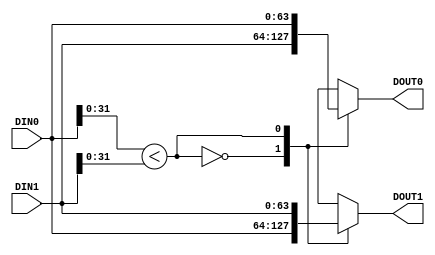
/******************************************************************************/
/* PMT(P), a P-port parallel merge tree                   ArchLab. TOKYO TECH */
/*                                                         Version 2016-06-01 */
/******************************************************************************/
`default_nettype none
  
  
/***** Compare-and-exchange (CAE)                                         *****/
/******************************************************************************/
module CAE #(parameter               WIDTH = 64)
            (input  wire [WIDTH-1:0] DIN0,
             input  wire [WIDTH-1:0] DIN1,
             output wire [WIDTH-1:0] DOUT0,
             output wire [WIDTH-1:0] DOUT1);
    
  function [WIDTH-1:0] mux;
    input [WIDTH-1:0] a;
    input [WIDTH-1:0] b;
    input             sel;
    begin
      case (sel)
        1'b0: mux = a;
        1'b1: mux = b;
      endcase
    end
  endfunction

  wire comp_rslt = (DIN0[31:0] < DIN1[31:0]);
  
  assign DOUT0 = mux(DIN1, DIN0, comp_rslt);
  assign DOUT1 = mux(DIN0, DIN1, comp_rslt);
  
endmodule


/***** Compare-and-select (CAS)                                           *****/
/******************************************************************************/
module CAS #(parameter               WIDTH = 64)
            (input  wire [WIDTH-1:0] DIN0,
             input  wire [WIDTH-1:0] DIN1,
             output wire [WIDTH-1:0] DOUT);

  function [WIDTH-1:0] mux;
    input [WIDTH-1:0] a;
    input [WIDTH-1:0] b;
    input             sel;
    begin
      case (sel)
        1'b0: mux = a;
        1'b1: mux = b;
      endcase
    end
  endfunction
  
  wire comp_rslt = (DIN0[31:0] < DIN1[31:0]);
  assign DOUT = mux(DIN1, DIN0, comp_rslt);
  
endmodule   


/***** A selection feedback generator                                     *****/
/******************************************************************************/
module SFGEN #(parameter               WIDTH = 64)
              (input  wire [WIDTH-1:0] DIN0,
               input  wire [WIDTH-1:0] DIN1,
               output wire             S);
  
  assign S = (DIN0[31:0] < DIN1[31:0]);
  
endmodule


/***** A 2P-to-P Bitonic partial merger                                   *****/
/******************************************************************************/
module BPM_2P_to_P #(parameter                              P_LOG = 2,
                     parameter                              WIDTH = 64)
                    (input  wire                            CLK,
                     input  wire                            RST_IN,
                     input  wire                            DRIVE,
                     input  wire [WIDTH*(1<<(P_LOG+1))-1:0] DIN,
                     input  wire                            DINEN,
                     output wire [(1<<P_LOG)-1:0]           S_FB,
                     output wire  [WIDTH*(1<<P_LOG)-1:0]    DOUT,
                     output wire                            DOUTEN);

  // buffering reset signal
  reg RST;
  always @(posedge CLK) RST <= RST_IN;

  reg  [WIDTH*(1<<P_LOG)-1:0] pd [P_LOG:0];  // pipeline regester for data
  reg                         pc [P_LOG:0];  // pipeline regester for control
  
  reg [WIDTH*(1<<(P_LOG+1))-1:0] din;
  always @(posedge CLK) if (DRIVE) din <= DIN;

  reg dinen;
  always @(posedge CLK) begin
    if      (RST)   dinen <= 0;
    else if (DRIVE) dinen <= DINEN;
  end

  genvar i, j, k;
  generate
    for (j=0; j<(1<<P_LOG); j=j+1) begin
      SFGEN #(WIDTH) sfgen(DIN[WIDTH*(j+1)-1:WIDTH*j], DIN[WIDTH*((1<<(P_LOG+1))-j)-1:WIDTH*((1<<(P_LOG+1))-(j+1))], S_FB[j]);
    end
  endgenerate
  
  generate
    for (i=0; i<(P_LOG+1); i=i+1) begin: stage
      wire [WIDTH*(1<<P_LOG)-1:0] dout;
      if (i == 0) begin
        for (j=0; j<(1<<P_LOG); j=j+1) begin
          CAS #(WIDTH) cas(din[WIDTH*(j+1)-1:WIDTH*j], 
                           din[WIDTH*((1<<(P_LOG+1))-j)-1:WIDTH*((1<<(P_LOG+1))-(j+1))], 
                           dout[WIDTH*(j+1)-1:WIDTH*j]);
        end
      end else begin
        for (k=0; k<(1<<(i-1)); k=k+1) begin
          for (j=0; j<(1<<(P_LOG-i)); j=j+1) begin
            CAE #(WIDTH) cae(pd[i-1][WIDTH*((j+1)+k*(1<<(P_LOG-(i-1))))-1:WIDTH*(j+k*(1<<(P_LOG-(i-1))))], 
                             pd[i-1][WIDTH*((j+1)+(1<<(P_LOG-i))+k*(1<<(P_LOG-(i-1))))-1:WIDTH*(j+(1<<(P_LOG-i))+k*(1<<(P_LOG-(i-1))))], 
                             dout[WIDTH*((j+1)+k*(1<<(P_LOG-(i-1))))-1:WIDTH*(j+k*(1<<(P_LOG-(i-1))))], 
                             dout[WIDTH*((j+1)+(1<<(P_LOG-i))+k*(1<<(P_LOG-(i-1))))-1:WIDTH*(j+(1<<(P_LOG-i))+k*(1<<(P_LOG-(i-1))))]);
          end
        end
      end
      always @(posedge CLK) if (DRIVE) pd[i] <= dout;
    end
  endgenerate
    
  integer p;
  always @(posedge CLK) begin
    if (RST) begin
      for (p=0; p<(P_LOG+1); p=p+1) pc[p] <= 0;
    end else if (DRIVE) begin
      pc[0] <= dinen;
      for (p=1; p<(P_LOG+1); p=p+1) pc[p] <= pc[p-1];
    end
  end

  assign DOUT   = pd[P_LOG];
  assign DOUTEN = pc[P_LOG];
  
endmodule


/***** A rate converter                                                   *****/
/******************************************************************************/
module RATE_CONVERTER #(parameter                    P_LOG = 2)
                       (input  wire [(1<<P_LOG)-1:0] S,
                        output wire [(1<<P_LOG):0]   M);
  
  genvar i;
  generate
    for (i=0; i<(1<<P_LOG)+1; i=i+1) begin
      if      (i == 0)          assign M[i] = ~S[i];
      else if (i == (1<<P_LOG)) assign M[i] = S[i-1];
      else                      assign M[i] = (~S[i]&S[i-1]);
    end
  endgenerate
  
endmodule


/***** An output xbar                                                     *****/
/******************************************************************************/
module XBAR_OUT #(parameter                          P_LOG = 2,
                  parameter                          WIDTH = 64)
                 (input  wire                        CLK,
                  input  wire                        RST,
                  input  wire                        DRIVE,
                  input  wire [(1<<P_LOG):0]         OFFSET,
                  input  wire [WIDTH*(1<<P_LOG)-1:0] DIN,
                  input  wire [(1<<P_LOG)-1:0]       S_IN,
                  output reg  [WIDTH*(1<<P_LOG)-1:0] DOUT,
                  output reg  [(1<<P_LOG)-1:0]       S_OUT);

  function [(1<<P_LOG)-1:0] mux;
    input [(1<<P_LOG)-1:0] a;
    input [(1<<P_LOG)-1:0] b;
    input                  sel;
    begin
      case (sel)
        1'b0: mux = a;
        1'b1: mux = b;
      endcase
    end
  endfunction
  
  // reg  [(1<<P_LOG)-1:0]   barrel_shifter;
  // wire [(4*1<<P_LOG)-1:0] mult_out = {barrel_shifter,barrel_shifter} * OFFSET;
  // // wire [(4*1<<P_LOG)-1:0] mult_out;
  // // MULT_MACRO #(.DEVICE("7SERIES"), .LATENCY(0), .WIDTH_A((2*1<<P_LOG)), .WIDTH_B((2*1<<P_LOG)))
  // // multiplier(.P(mult_out), .A({barrel_shifter,barrel_shifter}), .B(OFFSET), .CE(DRIVE), .CLK(CLK), .RST(RST));
                         
  // always @(posedge CLK) begin
  //   if      (RST)   barrel_shifter <= 1;
  //   else if (DRIVE) barrel_shifter <= mult_out[(2*1<<P_LOG)-1:(1<<P_LOG)];
  // end
  
  // generate  // would like to be improved
  //   if (P_LOG == 1) begin
  //     always @(*) begin
  //       case (barrel_shifter)
  //         2'b01:   begin DOUT = DIN;                                                S_OUT = S_IN;                             end
  //         2'b10:   begin DOUT = {DIN[WIDTH*1-1:0],DIN[WIDTH*(1<<P_LOG)-1:WIDTH*1]}; S_OUT = {S_IN[0:0],S_IN[(1<<P_LOG)-1:1]}; end
  //         default: begin DOUT = 0;                                                  S_OUT = 0;                                end
  //       endcase
  //     end
  //   end else if (P_LOG == 2) begin
  //     always @(*) begin
  //       case (barrel_shifter)
  //         4'b0001: begin DOUT = DIN;                                                S_OUT = S_IN;                             end
  //         4'b0010: begin DOUT = {DIN[WIDTH*1-1:0],DIN[WIDTH*(1<<P_LOG)-1:WIDTH*1]}; S_OUT = {S_IN[0:0],S_IN[(1<<P_LOG)-1:1]}; end
  //         4'b0100: begin DOUT = {DIN[WIDTH*2-1:0],DIN[WIDTH*(1<<P_LOG)-1:WIDTH*2]}; S_OUT = {S_IN[1:0],S_IN[(1<<P_LOG)-1:2]}; end
  //         4'b1000: begin DOUT = {DIN[WIDTH*3-1:0],DIN[WIDTH*(1<<P_LOG)-1:WIDTH*3]}; S_OUT = {S_IN[2:0],S_IN[(1<<P_LOG)-1:3]}; end
  //         default: begin DOUT = 0;                                                  S_OUT = 0;                                end
  //       endcase
  //     end
  //   end else if (P_LOG == 3) begin
  //     always @(*) begin
  //       case (barrel_shifter)
  //         8'b00000001: begin DOUT = DIN;                                                S_OUT = S_IN;                             end
  //         8'b00000010: begin DOUT = {DIN[WIDTH*1-1:0],DIN[WIDTH*(1<<P_LOG)-1:WIDTH*1]}; S_OUT = {S_IN[0:0],S_IN[(1<<P_LOG)-1:1]}; end
  //         8'b00000100: begin DOUT = {DIN[WIDTH*2-1:0],DIN[WIDTH*(1<<P_LOG)-1:WIDTH*2]}; S_OUT = {S_IN[1:0],S_IN[(1<<P_LOG)-1:2]}; end
  //         8'b00001000: begin DOUT = {DIN[WIDTH*3-1:0],DIN[WIDTH*(1<<P_LOG)-1:WIDTH*3]}; S_OUT = {S_IN[2:0],S_IN[(1<<P_LOG)-1:3]}; end
  //         8'b00010000: begin DOUT = {DIN[WIDTH*4-1:0],DIN[WIDTH*(1<<P_LOG)-1:WIDTH*4]}; S_OUT = {S_IN[3:0],S_IN[(1<<P_LOG)-1:4]}; end
  //         8'b00100000: begin DOUT = {DIN[WIDTH*5-1:0],DIN[WIDTH*(1<<P_LOG)-1:WIDTH*5]}; S_OUT = {S_IN[4:0],S_IN[(1<<P_LOG)-1:5]}; end
  //         8'b01000000: begin DOUT = {DIN[WIDTH*6-1:0],DIN[WIDTH*(1<<P_LOG)-1:WIDTH*6]}; S_OUT = {S_IN[5:0],S_IN[(1<<P_LOG)-1:6]}; end
  //         8'b10000000: begin DOUT = {DIN[WIDTH*7-1:0],DIN[WIDTH*(1<<P_LOG)-1:WIDTH*7]}; S_OUT = {S_IN[6:0],S_IN[(1<<P_LOG)-1:7]}; end
  //         default:     begin DOUT = 0;                                                  S_OUT = 0;                                end
  //       endcase
  //     end
  //   end
  // endgenerate
  
  reg  [(1<<P_LOG)-1:0] barrel_shifter;
  generate  // would like to be improved
    if (P_LOG == 1) begin
      reg                   drive;
      reg  [(1<<P_LOG):0]   offset;
      wire [(1<<P_LOG)-1:0] state = mux(barrel_shifter, ~barrel_shifter, (drive && offset[P_LOG]));
      always @(posedge CLK) offset         <= OFFSET;
      always @(posedge CLK) drive          <= (RST) ? 0 : DRIVE;
      always @(posedge CLK) barrel_shifter <= (RST) ? 1 : state;
      always @(*) begin
        case (state)
          2'b01:   begin DOUT = DIN;                                                S_OUT = S_IN;                             end
          2'b10:   begin DOUT = {DIN[WIDTH*1-1:0],DIN[WIDTH*(1<<P_LOG)-1:WIDTH*1]}; S_OUT = {S_IN[0:0],S_IN[(1<<P_LOG)-1:1]}; end
          default: begin DOUT = 0;                                                  S_OUT = 0;                                end
        endcase
      end
    end else if (P_LOG == 2) begin
      always @(posedge CLK) begin
        if (RST) begin  
          barrel_shifter <= 1;
        end else if (DRIVE) begin
          case (OFFSET[3:1])
            3'b001: barrel_shifter <= {barrel_shifter[2:0],barrel_shifter[3:3]};
            3'b010: barrel_shifter <= {barrel_shifter[1:0],barrel_shifter[3:2]};
            3'b100: barrel_shifter <= {barrel_shifter[0:0],barrel_shifter[3:1]};
          endcase
        end
      end
      always @(*) begin
        case (barrel_shifter)
          4'b0001: begin DOUT = DIN;                                                S_OUT = S_IN;                             end
          4'b0010: begin DOUT = {DIN[WIDTH*1-1:0],DIN[WIDTH*(1<<P_LOG)-1:WIDTH*1]}; S_OUT = {S_IN[0:0],S_IN[(1<<P_LOG)-1:1]}; end
          4'b0100: begin DOUT = {DIN[WIDTH*2-1:0],DIN[WIDTH*(1<<P_LOG)-1:WIDTH*2]}; S_OUT = {S_IN[1:0],S_IN[(1<<P_LOG)-1:2]}; end
          4'b1000: begin DOUT = {DIN[WIDTH*3-1:0],DIN[WIDTH*(1<<P_LOG)-1:WIDTH*3]}; S_OUT = {S_IN[2:0],S_IN[(1<<P_LOG)-1:3]}; end
          default: begin DOUT = 0;                                                  S_OUT = 0;                                end
        endcase
      end
    end else if (P_LOG == 3) begin
      always @(posedge CLK) begin
        if (RST) begin  
          barrel_shifter <= 1;
        end else if (DRIVE) begin
          case (OFFSET[7:1])
            7'b0000001: barrel_shifter <= {barrel_shifter[6:0],barrel_shifter[7:7]};
            7'b0000010: barrel_shifter <= {barrel_shifter[5:0],barrel_shifter[7:6]};
            7'b0000100: barrel_shifter <= {barrel_shifter[4:0],barrel_shifter[7:5]};
            7'b0001000: barrel_shifter <= {barrel_shifter[3:0],barrel_shifter[7:4]};
            7'b0010000: barrel_shifter <= {barrel_shifter[2:0],barrel_shifter[7:3]};
            7'b0100000: barrel_shifter <= {barrel_shifter[1:0],barrel_shifter[7:2]};
            7'b1000000: barrel_shifter <= {barrel_shifter[0:0],barrel_shifter[7:1]};
          endcase
        end
      end
      always @(*) begin
        case (barrel_shifter)
          8'b00000001: begin DOUT = DIN;                                                S_OUT = S_IN;                             end
          8'b00000010: begin DOUT = {DIN[WIDTH*1-1:0],DIN[WIDTH*(1<<P_LOG)-1:WIDTH*1]}; S_OUT = {S_IN[0:0],S_IN[(1<<P_LOG)-1:1]}; end
          8'b00000100: begin DOUT = {DIN[WIDTH*2-1:0],DIN[WIDTH*(1<<P_LOG)-1:WIDTH*2]}; S_OUT = {S_IN[1:0],S_IN[(1<<P_LOG)-1:2]}; end
          8'b00001000: begin DOUT = {DIN[WIDTH*3-1:0],DIN[WIDTH*(1<<P_LOG)-1:WIDTH*3]}; S_OUT = {S_IN[2:0],S_IN[(1<<P_LOG)-1:3]}; end
          8'b00010000: begin DOUT = {DIN[WIDTH*4-1:0],DIN[WIDTH*(1<<P_LOG)-1:WIDTH*4]}; S_OUT = {S_IN[3:0],S_IN[(1<<P_LOG)-1:4]}; end
          8'b00100000: begin DOUT = {DIN[WIDTH*5-1:0],DIN[WIDTH*(1<<P_LOG)-1:WIDTH*5]}; S_OUT = {S_IN[4:0],S_IN[(1<<P_LOG)-1:5]}; end
          8'b01000000: begin DOUT = {DIN[WIDTH*6-1:0],DIN[WIDTH*(1<<P_LOG)-1:WIDTH*6]}; S_OUT = {S_IN[5:0],S_IN[(1<<P_LOG)-1:6]}; end
          8'b10000000: begin DOUT = {DIN[WIDTH*7-1:0],DIN[WIDTH*(1<<P_LOG)-1:WIDTH*7]}; S_OUT = {S_IN[6:0],S_IN[(1<<P_LOG)-1:7]}; end
          default:     begin DOUT = 0;                                                  S_OUT = 0;                                end
        endcase
      end
    end
  endgenerate
  
endmodule


/***** An SRL-based FIFO                                                  *****/
/******************************************************************************/
module SRL_FIFO #(parameter                    FIFO_SIZE  = 4,   // size in log scale, 4 for 16 entry
                  parameter                    FIFO_WIDTH = 64)  // fifo width in bit
                 (input  wire                  CLK,
                  input  wire                  RST,
                  input  wire                  enq,
                  input  wire                  deq,
                  input  wire [FIFO_WIDTH-1:0] din,
                  output wire [FIFO_WIDTH-1:0] dot,
                  output wire                  emp,
                  output wire                  full,
                  output reg  [FIFO_SIZE:0]    cnt);

  reg  [FIFO_SIZE-1:0]  head;
  reg  [FIFO_WIDTH-1:0] mem [(1<<FIFO_SIZE)-1:0];
  
  assign emp  = (cnt==0);
  assign full = (cnt==(1<<FIFO_SIZE));
  assign dot  = mem[head];
    
  always @(posedge CLK) begin
    if (RST) begin
      cnt  <= 0;
      head <= {(FIFO_SIZE){1'b1}};
    end else begin
      case ({enq, deq})
        2'b01: begin cnt <= cnt - 1; head <= head - 1; end
        2'b10: begin cnt <= cnt + 1; head <= head + 1; end
      endcase
    end
  end

  integer i;
  always @(posedge CLK) begin
    if (enq) begin
      mem[0] <= din;
      for (i=1; i<(1<<FIFO_SIZE); i=i+1) mem[i] <= mem[i-1];
    end
  end
  
endmodule


/***** An FIFO for multirate mergers                                      *****/
/******************************************************************************/
module FIFOs #(parameter                              P_LOG = 2,
               parameter                              D_LOG = 4,
               parameter                              WIDTH = 64)
              (input  wire                            CLK,
               input  wire                            RST_IN,
               input  wire                            enq,
               input  wire [(1<<P_LOG)-1:0]           S,
               input  wire                            S_EN,
               input  wire [WIDTH*(1<<(P_LOG-1))-1:0] din,
               output wire [WIDTH*(1<<P_LOG)-1:0]     dot,
               output wire [(1<<P_LOG)-1:0]           emp,
               output wire [(1<<P_LOG)-1:0]           full);
  
  function mux1;
    input a;
    input b;
    input sel;
    begin
      case (sel)
        1'b0: mux1 = a;
        1'b1: mux1 = b;
      endcase
    end
  endfunction
  
  // buffering reset signal
  reg RST;
  always @(posedge CLK) RST <= RST_IN;
  
  // Registers and Wires for an input xbar 
  // ################################################################
  wire [1:0]                  dinen;       // enq input signal
  reg  [1:0]                  enq_sel;     // enq selector
  reg [WIDTH*(1<<P_LOG)-1:0]  xbar_i_dot;  // data emitted from an input xbar

  // Wires for SRL-based FIFOs
  // ################################################################
  wire [WIDTH*(1<<P_LOG)-1:0] fifo_dot;    // output data of SRL-based FIFOs
  
  // Wires for an output xbar a rate converter and outupt xbar
  // ################################################################
  wire [(1<<P_LOG):0]         offset;      // offset generated from a rate converter
  wire [WIDTH*(1<<P_LOG)-1:0] xbar_o_dot;  // output data of SRL-based FIFOs
  wire [(1<<P_LOG)-1:0]       s;           // selection feedback signals
  
  // An input xbar
  ////////////////////////////////////////////////////////////////////////////////////////////////
  assign dinen = {(2){enq}} & enq_sel;

  always @(posedge CLK) begin
    if      (RST) enq_sel <= 2'b01;
    else if (enq) enq_sel <= ~enq_sel;
  end

  always @(*) begin
    case (enq_sel)
      2'b01:   begin xbar_i_dot = {{(WIDTH*(1<<(P_LOG-1))){1'b0}},din}; end
      2'b10:   begin xbar_i_dot = {din,{(WIDTH*(1<<(P_LOG-1))){1'b0}}}; end
      default: begin xbar_i_dot = 0;                                    end
    endcase
  end  

  // SRL-based FIFOs
  ////////////////////////////////////////////////////////////////////////////////////////////////
  genvar i;
  generate
    for (i=0; i<(1<<P_LOG); i=i+1) begin: fifo
      wire e = mux1(dinen[1], dinen[0], (i<(1<<(P_LOG-1))));
      SRL_FIFO #(D_LOG, WIDTH) srl_fifo(.CLK(CLK), .RST(RST), .enq(e), .deq(s[i]), .din(xbar_i_dot[WIDTH*(i+1)-1:WIDTH*i]), 
                                        .dot(fifo_dot[WIDTH*(i+1)-1:WIDTH*i]), .emp(emp[i]), .full(full[i]));
    end
  endgenerate
  
  // A rate converter and output xbar
  ////////////////////////////////////////////////////////////////////////////////////////////////
  RATE_CONVERTER #(P_LOG) rate_converter(S, offset);
  XBAR_OUT #(P_LOG, WIDTH) xbar_out(CLK, RST, S_EN, offset, fifo_dot, S, xbar_o_dot, s);
  
  assign dot = xbar_o_dot;
  
endmodule


/***** MM(P), a P-port multirate merger                                             *****/
/****************************************************************************************/
module MM_P #(parameter                          P_LOG = 2,
              parameter                          D_LOG = 4,
              parameter                          WIDTH = 64)
             (input  wire                        CLK,
              input  wire                        RST_IN,
              input  wire                        IN_FULL,
              input  wire [WIDTH*(1<<P_LOG)-1:0] DIN,
              input  wire [1:0]                  DINEN,
              output wire [WIDTH*(1<<P_LOG)-1:0] DOUT,
              output wire                        DOUTEN,
              output wire [1:0]                  FULL);
  
  wire [WIDTH*(1<<P_LOG)-1:0] fifo_mmp_dot01, fifo_mmp_dot00; 
  wire [(1<<P_LOG)-1:0]       fifo_mmp_emp01, fifo_mmp_emp00; 
  wire [(1<<P_LOG)-1:0]       fifo_mmp_ful01, fifo_mmp_ful00;
  
  wire [WIDTH*(1<<(P_LOG+1))-1:0] bpm_din   = {fifo_mmp_dot01,fifo_mmp_dot00};
  wire                            bpm_dinen = ~|{fifo_mmp_emp01,fifo_mmp_emp00,IN_FULL};  // (~|{fifo_mmp_emp01,fifo_mmp_emp00}) && !IN_FULL;
  wire [WIDTH*(1<<P_LOG)-1:0]     bpm_dot;
  wire                            bpm_doten;
  
  wire [(1<<P_LOG)-1:0] s_fb;
  wire [(1<<P_LOG)-1:0] s_fb_inv;
  genvar i;
  generate
    for (i=0; i<(1<<P_LOG); i=i+1) begin
      assign s_fb_inv[i] = ~s_fb[(1<<P_LOG)-(i+1)];
    end
  endgenerate
  
  wire [(1<<P_LOG)-1:0] s_fb_00 = {(1<<P_LOG){bpm_dinen}} & s_fb;
  wire [(1<<P_LOG)-1:0] s_fb_01 = {(1<<P_LOG){bpm_dinen}} & s_fb_inv;

  FIFOs #(P_LOG, D_LOG, WIDTH) fifo_mmp_00(CLK, RST_IN, DINEN[0], s_fb_00, bpm_dinen, DIN[WIDTH*(1<<(P_LOG-1))-1:0], 
                                           fifo_mmp_dot00, fifo_mmp_emp00, fifo_mmp_ful00);
  FIFOs #(P_LOG, D_LOG, WIDTH) fifo_mmp_01(CLK, RST_IN, DINEN[1], s_fb_01, bpm_dinen, DIN[WIDTH*(1<<P_LOG)-1:WIDTH*(1<<(P_LOG-1))], 
                                           fifo_mmp_dot01, fifo_mmp_emp01, fifo_mmp_ful01);
  
  BPM_2P_to_P #(P_LOG, WIDTH) bpm_2p_to_p(CLK, RST_IN, !IN_FULL, bpm_din, bpm_dinen, s_fb, bpm_dot, bpm_doten);

  assign DOUT   = bpm_dot;
  assign DOUTEN = (bpm_doten && !IN_FULL);
  assign FULL   = {((|fifo_mmp_ful01[(1<<(P_LOG))-1:(1<<(P_LOG-1))]) & (|fifo_mmp_ful01[(1<<(P_LOG-1))-1:0])), 
                   ((|fifo_mmp_ful00[(1<<(P_LOG))-1:(1<<(P_LOG-1))]) & (|fifo_mmp_ful00[(1<<(P_LOG-1))-1:0]))};
  
endmodule


/***** PMT(P), an P-port parallel merge-tree                                        *****/
/****************************************************************************************/
module PMT_P #(parameter                          P_LOG = 2,
               parameter                          D_LOG = 4,
               parameter                          WIDTH = 64)
              (input  wire                        CLK,
               input  wire                        RST_IN,
               input  wire                        IN_FULL,
               input  wire [WIDTH*(1<<P_LOG)-1:0] DIN,
               input  wire [(1<<P_LOG)-1:0]       DINEN,
               output wire [WIDTH*(1<<P_LOG)-1:0] DOUT,
               output wire                        DOUTEN,
               output wire [(1<<P_LOG)-1:0]       FULL);

  genvar i, j;
  generate
    for (i=0; i<P_LOG; i=i+1) begin: level
      wire [(1<<(P_LOG-(i+1)))-1:0] mm_p_in_full;
      wire [WIDTH*(1<<P_LOG)-1:0]   mm_p_din;
      wire [(1<<(P_LOG-i))-1:0]     mm_p_dinen;
      wire [WIDTH*(1<<P_LOG)-1:0]   mm_p_dot;
      wire [(1<<(P_LOG-(i+1)))-1:0] mm_p_doten;
      wire [(1<<(P_LOG-i))-1:0]     mm_p_full;
      for (j=0; j<(1<<(P_LOG-(i+1))); j=j+1) begin: mm
        MM_P #((i+1), D_LOG, WIDTH) mm_p(CLK, RST_IN, mm_p_in_full[j], mm_p_din[WIDTH*(1<<(i+1))*(j+1)-1:WIDTH*(1<<(i+1))*j], mm_p_dinen[2*(j+1)-1:2*j],
                                         mm_p_dot[WIDTH*(1<<(i+1))*(j+1)-1:WIDTH*(1<<(i+1))*j], mm_p_doten[j], mm_p_full[2*(j+1)-1:2*j]);
      end
    end
  endgenerate

  generate
    for (i=0; i<(P_LOG-1); i=i+1) begin
      assign level[i].mm_p_in_full = level[i+1].mm_p_full;
      assign level[i+1].mm_p_din   = level[i].mm_p_dot;
      assign level[i+1].mm_p_dinen = level[i].mm_p_doten;
    end
  endgenerate
  
  assign level[P_LOG-1].mm_p_in_full = IN_FULL;
  assign level[0].mm_p_din           = DIN;
  assign level[0].mm_p_dinen         = DINEN;
  assign DOUT                        = level[P_LOG-1].mm_p_dot;
  assign DOUTEN                      = level[P_LOG-1].mm_p_doten;
  assign FULL                        = level[0].mm_p_full;
  
endmodule
`default_nettype wire